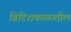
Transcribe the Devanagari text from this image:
ब्रिटिशकाळातील